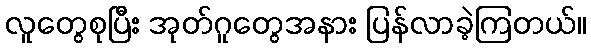
လူတွေစုပြီး အုတ်ဂူတွေအနား ပြန်လာခဲ့ကြတယ်။